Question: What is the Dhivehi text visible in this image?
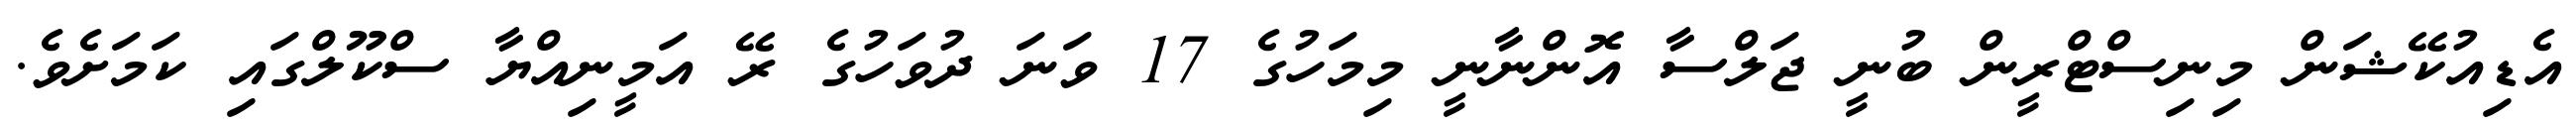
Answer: އެޑިއުކޭޝަން މިނިސްޓްރީން ބުނީ ޖަލްސާ އޮންނާނީ މިމަހުގެ 17 ވަނަ ދުވަހުގެ ރޭ އަމީނިއްޔާ ސްކޫލްގައި ކަމަށެވެ.